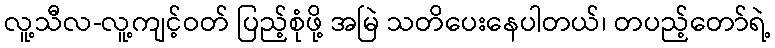
လူ့သီလ-လူ့ကျင့်ဝတ် ပြည့်စုံဖို့ အမြဲ သတိပေးနေပါတယ်၊ တပည့်တော်ရဲ့